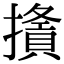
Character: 𢶦